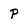
Character: P